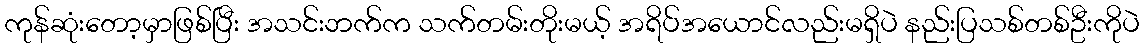
ကုန်ဆုံးတော့မှာဖြစ်ပြီး အသင်းဘက်က သက်တမ်းတိုးမယ့် အရိပ်အယောင်လည်းမရှိပဲ နည်းပြသစ်တစ်ဦးကိုပဲ